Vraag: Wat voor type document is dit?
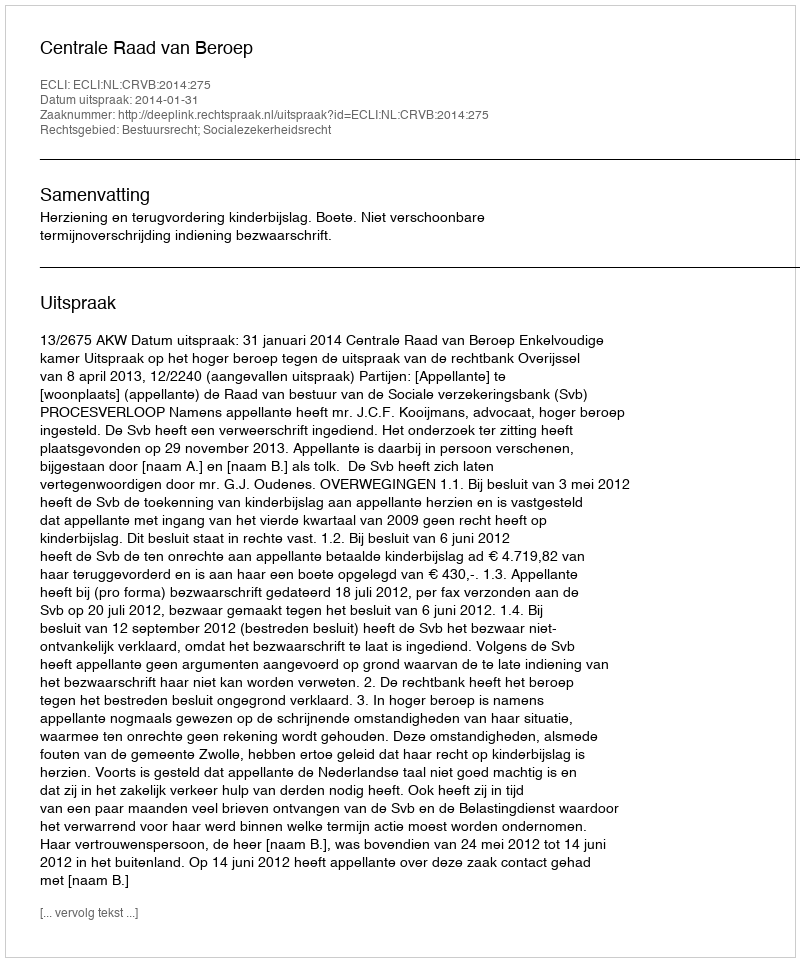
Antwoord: Uitspraak